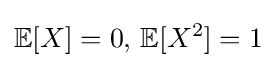
\mathbb {E} [X]=0,\,\mathbb {E} [X^{2}]=1